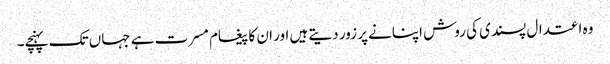
وہ اعتدال پسندی کی روش اپنانے پر زور دیتے ہیں اور ان کا پیغام مسرت ہے جہاں تک پہنچے۔